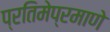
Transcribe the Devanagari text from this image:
प्रतिमेप्रमाणे